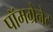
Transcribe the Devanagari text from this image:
पॉमग्रेनेट